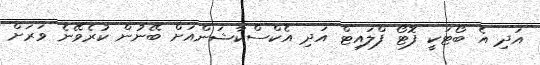
އަދި އެ ބޯޓަކީ ފޮޓޯ ފްލައިޓް އަދި އެކްސްކާޝަންއަށް ބޭނުން ކުރެވޭނެ ވަރަށް